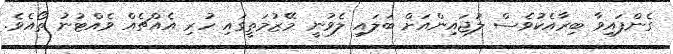
ގެންފައިވާ ބިރާއެކުވެސް ލުޖައިންއަށް ބަލައި ލެވުނީ މޭޒުމަތީގައި ހުރި އެއްޗެއް ވެއްޓުނު ތޯއެވެ.